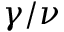
\gamma / \nu